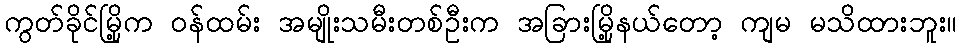
ကွတ်ခိုင်မြို့က ဝန်ထမ်း အမျိုးသမီးတစ်ဦးက အခြားမြို့နယ်တော့ ကျမ မသိထားဘူး။